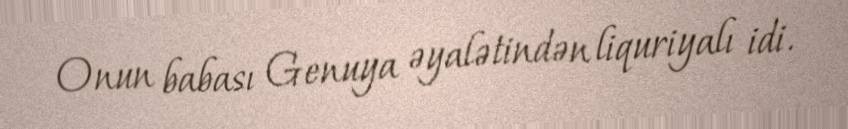
Onun babası Genuya əyalətindən liquriyalı idi.